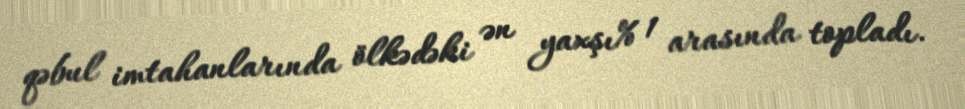
qəbul imtahanlarında ölkədəki ən yaxşı% 1 arasında topladı.